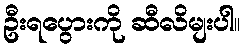
ဦးရပွေားကို ဆီလိမျးပါ။